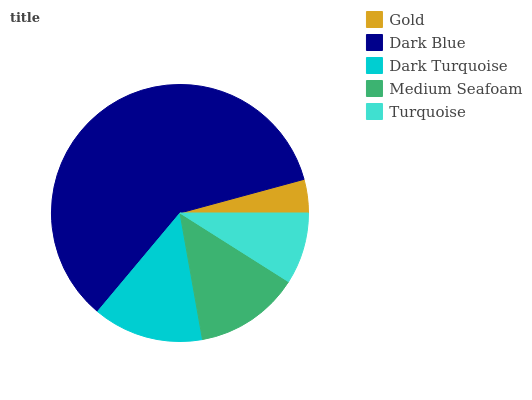
| Gold | Dark Blue | Dark Turquoise | Medium Seafoam | Turquoise |
 | --- | --- | --- | --- | --- |
 | 4.22% | 59.7% | 13.9% | 13.2% | 8.98% |